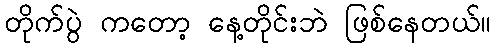
တိုက်ပွဲ ကတော့ နေ့တိုင်းဘဲ ဖြစ်နေတယ်။